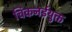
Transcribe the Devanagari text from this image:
चिकनईयुक्त